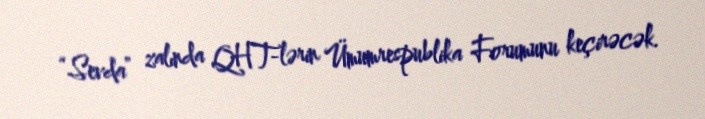
“Sevda” zalında QHT-lərin Ümumrespublika Forumunu keçirəcək.